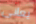
يعانى